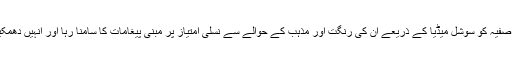
انتخابی مہم کے دوران صفیہ کو سوشل میڈیا کے ذریعے ان کی رنگت اور مذہب کے حوالے سے نسلی امتیاز پر مبنی پیغامات کا سامنا رہا اور انہیں دھمکیاں بھی دی جاتی رہیں۔